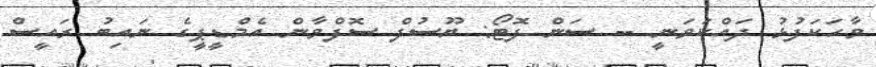
ވާހަކަފުޅު ދައްކަވަނީ -- ސަން ފޮޓޯ: ޔޫސުފް ސޮފްވާން އެމްޑީޕީގެ ނައިބު ރައީސް